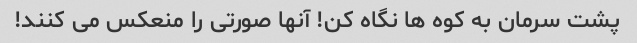
پشت سرمان به کوه ها نگاه کن! آنها صورتی را منعکس می کنند!